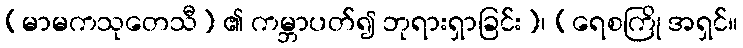
(မာမကသုတေသီ) ၏ ကမ္ဘာပတ်၍ ဘုရားရှာခြင်း]၊ [ရေစကြို အရှင်။